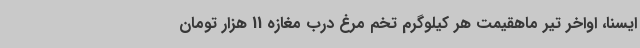
ایسنا، اواخر تیر ماهقیمت هر کیلوگرم تخم مرغ درب مغازه 11 هزار تومان